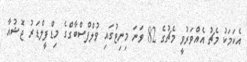
އެކަމަކު މެޗު އެއްވަރުވީ މެޗުގެ 82 ވަނަ މިނިޓުގައި ވުލްފްސްބާގްގެ މިޑްފީލްޑަރު ޖޮޝުއާ